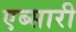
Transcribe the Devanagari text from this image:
एब्सारी